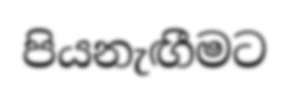
පියනැඟීමට